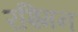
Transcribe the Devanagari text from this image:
रश्मिन